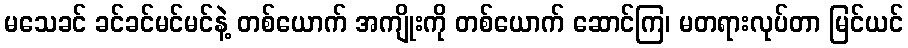
မသေခင် ခင်ခင်မင်မင်နဲ့ တစ်ယောက် အကျိုးကို တစ်ယောက် ဆောင်ကြ၊ မတရားလုပ်တာ မြင်ယင်